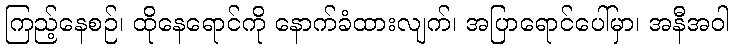
ကြည့်နေစဉ်၊ ထိုနေရောင်ကို နောက်ခံထားလျက်၊ အပြာရောင်ပေါ်မှာ၊ အနီအဝါ